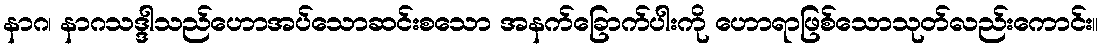
နာဂ၊ နာဂသဒ္ဒါသည်ဟောအပ်သောဆင်းစသော အနက်ခြောက်ပါးကို ဟောရာဖြစ်သောသုတ်လည်းကောင်း။